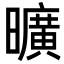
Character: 曠